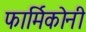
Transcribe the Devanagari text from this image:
फार्मिकोनी